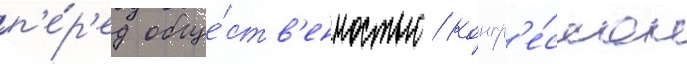
п'е́р'ед обще́ств'енностью / конгр'е́ссом